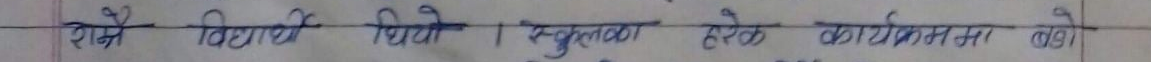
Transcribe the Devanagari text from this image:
राम विद्यार्थी थिए। सुकुमा हरेक कार्यक्रममा पढो